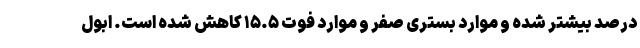
درصد بیشتر شده و موارد بستری صفر و موارد فوت ۱۵.۵ کاهش شده است. ابول